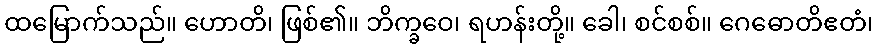
ထမြောက်သည်။ ဟောတိ၊ ဖြစ်၏။ ဘိက္ခဝေ၊ ရဟန်းတို့။ ခေါ၊ စင်စစ်။ ဂေဓောတိဧတံ၊